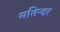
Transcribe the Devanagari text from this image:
सतिन्दर